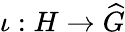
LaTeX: \iota:H\to{\widehat{G}}